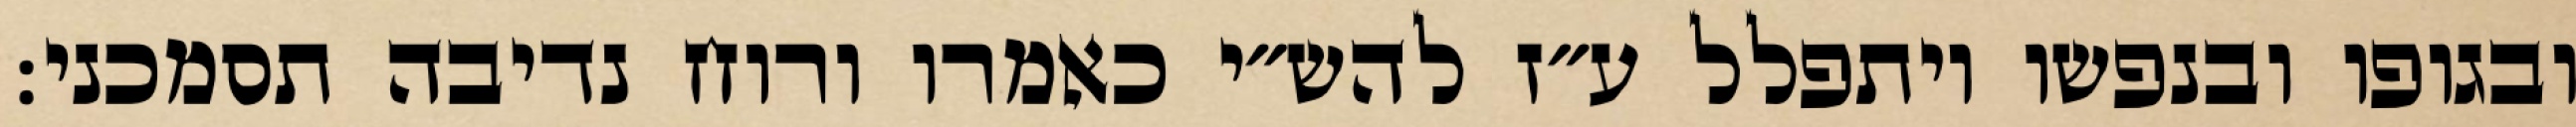
ובגופו ובנפשו ויתפלל ע״ז להש״י כאמרו ורוח נדיבה תסמכני: